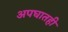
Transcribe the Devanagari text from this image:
अपघातही